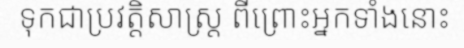
ទុកជាប្រវត្តិសាស្ត្រ ពីព្រោះអ្នកទាំងនោះ